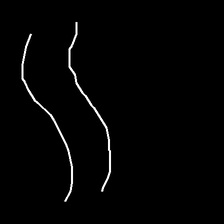
Glyph: float